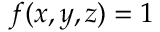
f ( x , y , z ) = 1